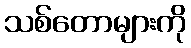
သစ်တောများကို